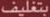
بتغليف